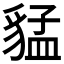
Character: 𲂦